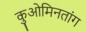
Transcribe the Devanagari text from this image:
कुओमिनतांग